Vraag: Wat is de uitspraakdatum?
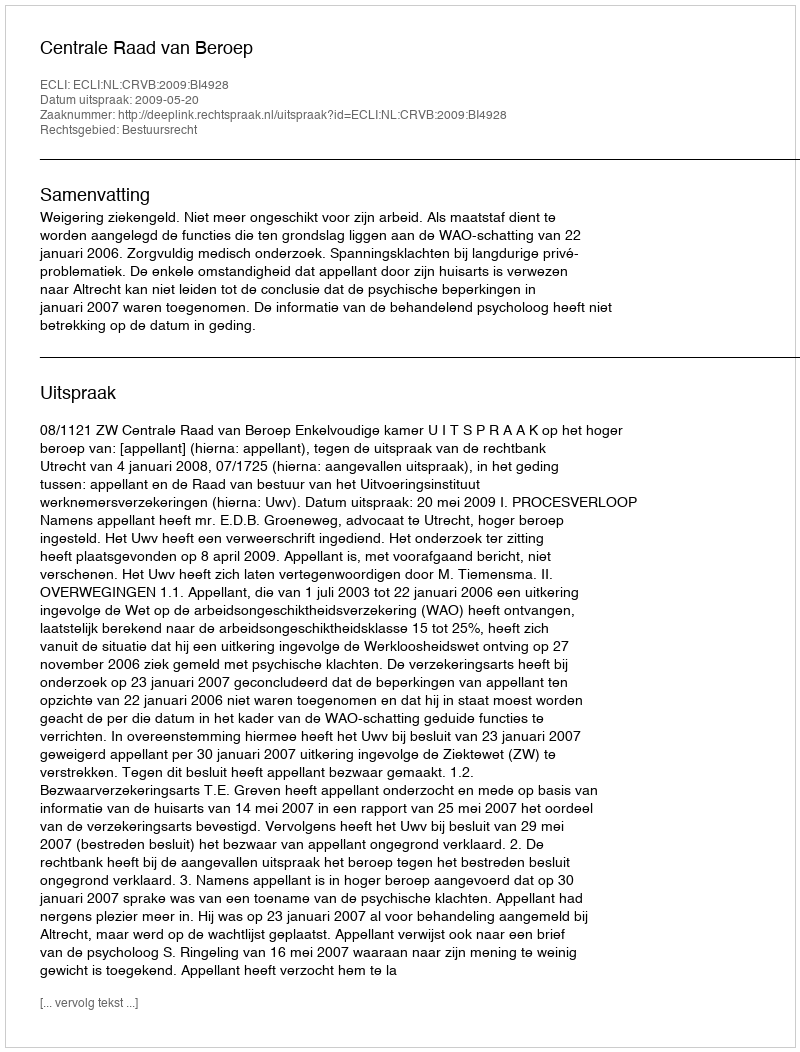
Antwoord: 2009-05-20